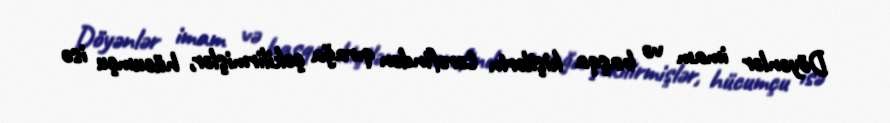
Döyənlər imam və başqa kişilərin tərəfindən qırağa çəkilirmişlər, hücumçu isə